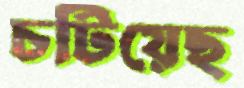
চটিয়েছ